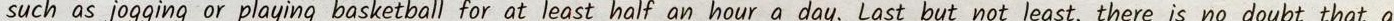
such as jogging or playing basketball for at least half an hour a day. Last but not least, there is no doubt that a